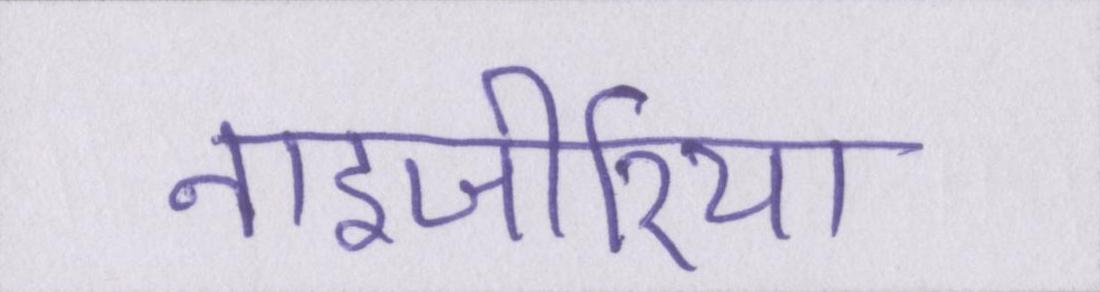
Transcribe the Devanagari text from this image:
नाइजीरिया